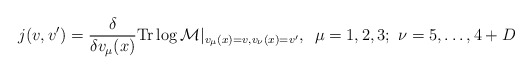
\begin{align*}j(v,v')=\frac{\delta}{\delta v_{\mu}(x)}{\rm Tr}\log{\cal M}|_{v_{\mu}(x)=v,v_{\nu}(x)=v'}, \,\,\,\mu=1,2,3;\,\,\nu=5,\ldots,4+D\end{align*}